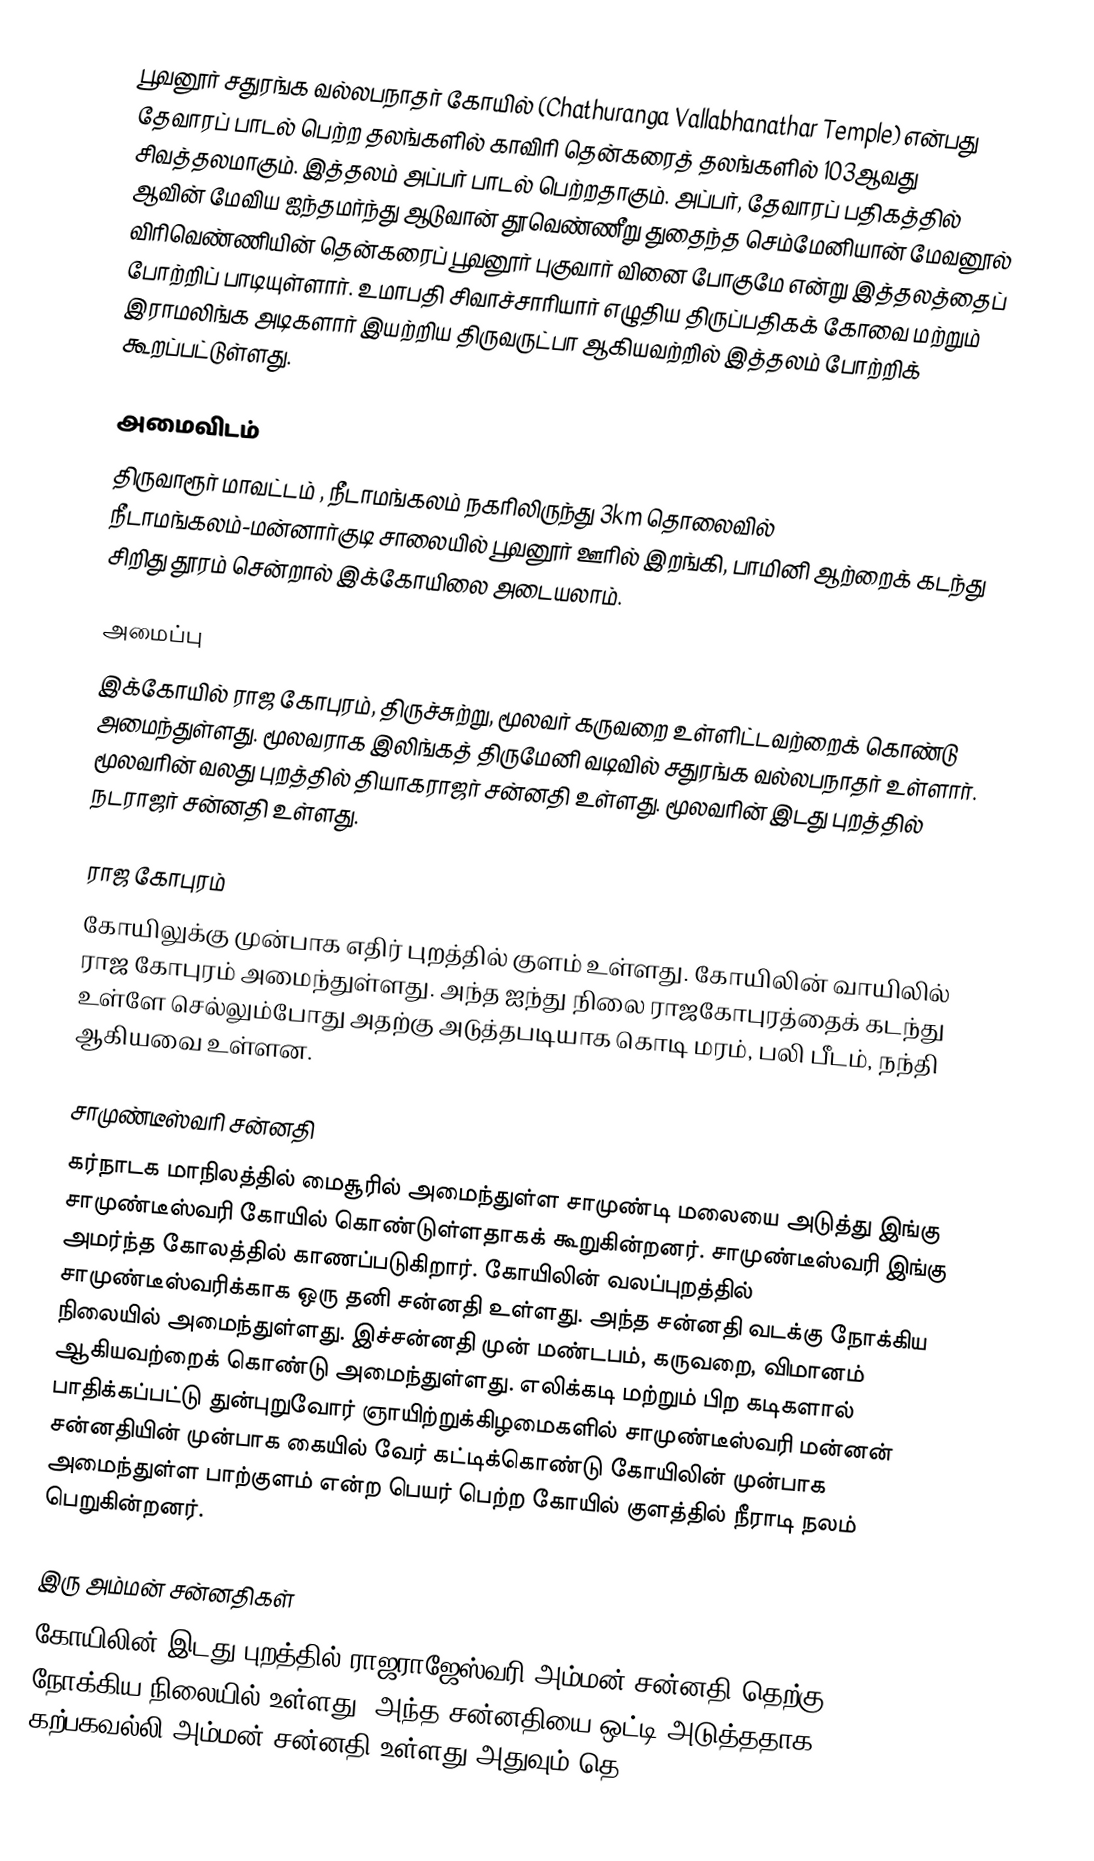
பூவனூர் சதுரங்க வல்லபநாதர் கோயில் (Chathuranga Vallabhanathar Temple) என்பது தேவாரப் பாடல் பெற்ற தலங்களில் காவிரி தென்கரைத் தலங்களில் 103ஆவது சிவத்தலமாகும். இத்தலம் அப்பர் பாடல் பெற்றதாகும். அப்பர், தேவாரப் பதிகத்தில் ஆவின் மேவிய ஐந்தமர்ந்து ஆடுவான் தூவெண்ணீறு துதைந்த செம்மேனியான் மேவனூல் விரிவெண்ணியின் தென்கரைப் பூவனூர் புகுவார் வினை போகுமே என்று இத்தலத்தைப் போற்றிப் பாடியுள்ளார். உமாபதி சிவாச்சாரியார் எழுதிய திருப்பதிகக் கோவை மற்றும் இராமலிங்க அடிகளார் இயற்றிய திருவருட்பா ஆகியவற்றில் இத்தலம் போற்றிக் கூறப்பட்டுள்ளது.

அமைவிடம்
திருவாரூர் மாவட்டம் , நீடாமங்கலம்  நகரிலிருந்து 3km தொலைவில் நீடாமங்கலம்-மன்னார்குடி சாலையில் பூவனூர் ஊரில் இறங்கி, பாமினி ஆற்றைக் கடந்து சிறிது தூரம் சென்றால் இக்கோயிலை அடையலாம்.

அமைப்பு
இக்கோயில் ராஜ கோபுரம், திருச்சுற்று, மூலவர் கருவறை உள்ளிட்டவற்றைக் கொண்டு அமைந்துள்ளது. மூலவராக இலிங்கத் திருமேனி வடிவில் சதுரங்க வல்லபநாதர் உள்ளார். மூலவரின் வலது புறத்தில் தியாகராஜர் சன்னதி உள்ளது. மூலவரின் இடது புறத்தில் நடராஜர் சன்னதி உள்ளது.

ராஜ கோபுரம்
கோயிலுக்கு முன்பாக எதிர் புறத்தில் குளம் உள்ளது. கோயிலின் வாயிலில் ராஜ கோபுரம் அமைந்துள்ளது. அந்த  ஐந்து நிலை ராஜகோபுரத்தைக் கடந்து உள்ளே செல்லும்போது அதற்கு அடுத்தபடியாக கொடி மரம், பலி பீடம், நந்தி ஆகியவை உள்ளன.

சாமுண்டீஸ்வரி சன்னதி
கர்நாடக மாநிலத்தில் மைசூரில் அமைந்துள்ள சாமுண்டி மலையை அடுத்து இங்கு சாமுண்டீஸ்வரி கோயில் கொண்டுள்ளதாகக் கூறுகின்றனர். சாமுண்டீஸ்வரி இங்கு அமர்ந்த கோலத்தில் காணப்படுகிறார். கோயிலின் வலப்புறத்தில் சாமுண்டீஸ்வரிக்காக ஒரு தனி சன்னதி உள்ளது. அந்த சன்னதி வடக்கு நோக்கிய நிலையில் அமைந்துள்ளது. இச்சன்னதி முன் மண்டபம், கருவறை, விமானம் ஆகியவற்றைக் கொண்டு அமைந்துள்ளது. எலிக்கடி மற்றும் பிற கடிகளால் பாதிக்கப்பட்டு துன்புறுவோர் ஞாயிற்றுக்கிழமைகளில் சாமுண்டீஸ்வரி மன்னன் சன்னதியின் முன்பாக கையில் வேர் கட்டிக்கொண்டு கோயிலின் முன்பாக அமைந்துள்ள பாற்குளம் என்ற பெயர் பெற்ற கோயில் குளத்தில் நீராடி நலம் பெறுகின்றனர்.

இரு அம்மன் சன்னதிகள்
கோயிலின் இடது புறத்தில் ராஜராஜேஸ்வரி அம்மன் சன்னதி தெற்கு நோக்கிய நிலையில் உள்ளது. அந்த சன்னதியை ஒட்டி அடுத்ததாக கற்பகவல்லி அம்மன் சன்னதி உள்ளது அதுவும் தெ